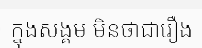
ក្នុងសង្គម មិនថាជារឿង